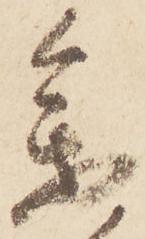
参